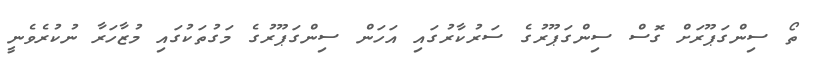
ތޯ ސިންގަޕޫރަށް ގޮސް ސިންގަޕޫރުގެ ސަރުކާރުގައި އަހަން ސިންގަޕޫރުގެ މަގުތަކުގައި މުޒާހަރާ ނުކުރެވެނީ